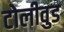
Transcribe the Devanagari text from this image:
टोलीवुड